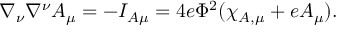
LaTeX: \nabla _ { \nu } \nabla ^ { \nu } A _ { \mu } = - I _ { A \mu } = 4 e \Phi ^ { 2 } ( \chi _ { A , \mu } + e A _ { \mu } ) .